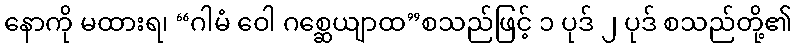
နောကို မထားရ၊ “ဂါမံ ဝေါ ဂစ္ဆေယျာထ”စသည်ဖြင့် ၁ ပုဒ် ၂ ပုဒ် စသည်တို့၏